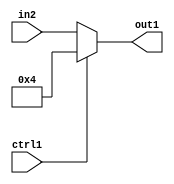
`timescale 1ps / 1ps
/*****************************************************************************
    Verilog RTL Description
    
    
    Created by: Stratus DpOpt 2019.1.01 
*******************************************************************************/

module fix2float_Muxi4u5u1_4_0 (
	in2,
	ctrl1,
	out1
	); /* architecture "behavioural" */ 
input [4:0] in2;
input  ctrl1;
output [4:0] out1;
wire [4:0] asc001;

reg [4:0] asc001_tmp_0;
assign asc001 = asc001_tmp_0;
always @ (ctrl1 or in2) begin
	case (ctrl1)
		1'B1 : asc001_tmp_0 = 5'B00100 ;
		default : asc001_tmp_0 = in2 ;
	endcase
end

assign out1 = asc001;
endmodule

/* CADENCE  uLT2Tgk= : u9/ySgnWtBlWxVPRXgAZ4Og= ** DO NOT EDIT THIS LINE ******/